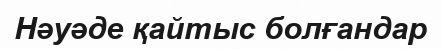
Нәуәде қайтыс болғандар